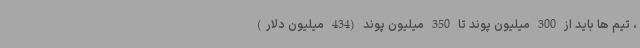
، تیم ها باید از 300 میلیون پوند تا 350 میلیون پوند (434 میلیون دلار)